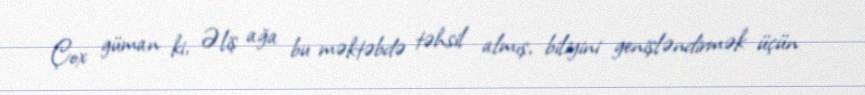
Çox güman ki, Əliş ağa bu məktəbdə təhsil almış, biliyini genişləndirmək üçün